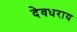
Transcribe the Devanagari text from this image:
देवधराय